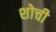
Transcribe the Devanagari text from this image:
शोची